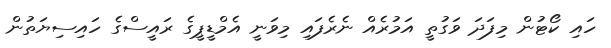
ހައި ކޯޓުން މިފަދަ ވަގުތީ އަމުރެއް ނެރެފައި މިވަނީ އެމްޑީޕީގެ ރައީސްގެ ހައިސިޔަތުން